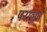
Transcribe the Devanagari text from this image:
पराञ्जपे